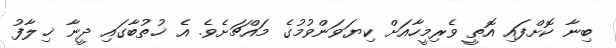
ބިނާ ކޮށްފައި އޮތީ ވެރިމީހާއަށް ކިޔަވަންވުމުގެ މައްޗަށެވެ. އެ ޚުތުބާގައި ދީނާ ޚިލާފު